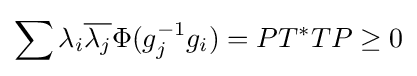
\sum \lambda _{i}{\overline {\lambda _{j}}}\Phi (g_{j}^{-1}g_{i})=PT^{*}TP\geq 0